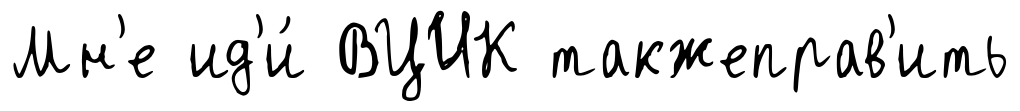
Мн'е ид'и́ ВЦИК такжеправ'ить